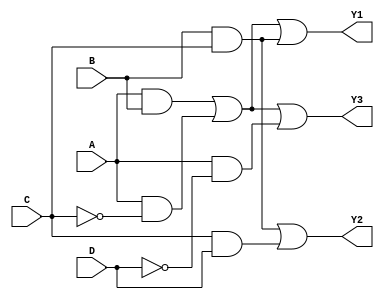
module jewel_pal (
    input wire A,
    input wire B,
    input wire C,
    input wire D,
    output wire Y1,
    output wire Y2,
    output wire Y3
);

// Programmable AND array
wire and1_out, and2_out, and3_out, and4_out;

// Example programmable AND gates
// Each AND gate can be programmed with any combination of inputs
assign and1_out = (A & B) | (A & ~C);  // Example configuration for AND gate 1
assign and2_out = (B & C);              // Example configuration for AND gate 2
assign and3_out = (C & D);              // Example configuration for AND gate 3
assign and4_out = (A & ~D);             // Example configuration for AND gate 4

// Fixed OR array
assign Y1 = and1_out | and2_out;        // Output Y1 is driven by AND gate 1 and 2
assign Y2 = and2_out | and3_out;        // Output Y2 is driven by AND gate 2 and 3
assign Y3 = and1_out | and4_out;        // Output Y3 is driven by AND gate 1 and 4

endmodule